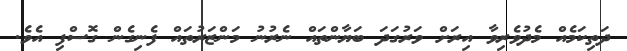
ދަތިކަމެއް މެދުވެރިވާ އިރަށް ވަރުގަދަ ބަޔާންތައް ނެރުނު މަންޒަރުތައް ފެނިގެން ގޮސްފި އެވެ.